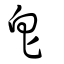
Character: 皀